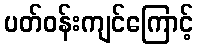
ပတ်ဝန်းကျင်ကြောင့်